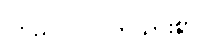
ကြည်လင်ပြတ်သားစွာ